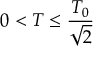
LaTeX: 0 < T \leq \frac { T _ { 0 } } { \sqrt { 2 } }